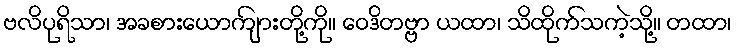
ဗလိပုရိသာ၊ အခစားယောကျ်ားတို့ကို။ ဝေဒိတဗ္ဗာ ယထာ၊ သိထိုက်သကဲ့သို့။ တထာ၊